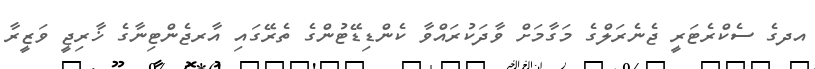
އދގެ ސެކްރެޓަރީ ޖެނެރަލްގެ މަގާމަށް ވާދަކުރައްވާ ކެންޑިޑޭޓުންގެ ތެރޭގައި އާރޖެންޓިނާގެ ޚާރިޖީ ވަޒީރާ